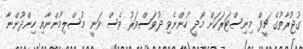
ގުޖުރާތުގެ ޗީފް މިނިސްޓަރަކަށް މޯދީ ހުންނެވި ދުވަސްވަރު ވެސް ވަނީ މުސްލިމުންނާއި ހިންދޫންނާ